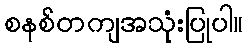
စနစ်တကျအသုံးပြုပါ။